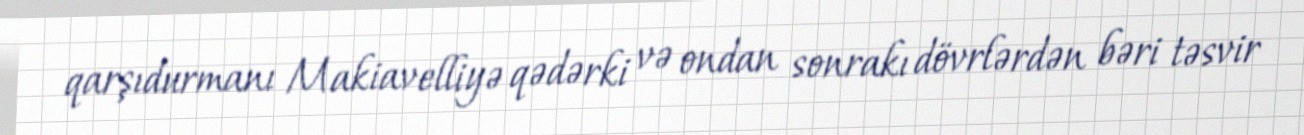
qarşıdurmanı Makiavelliyə qədərki və ondan sonrakı dövrlərdən bəri təsvir